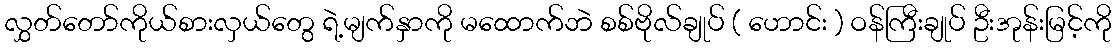
လွှတ်တော်ကိုယ်စားလှယ်တွေ ရဲ့မျက်နှာကို မထောက်ဘဲ စစ်ဗိုလ်ချုပ် ( ဟောင်း ) ဝန်ကြီးချုပ် ဦးအုန်းမြင့်ကို